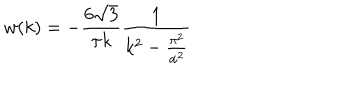
w ( k ) = - \frac { 6 \sqrt { 3 } } { \pi k } \frac { 1 } { k ^ { 2 } - \frac { \pi ^ { 2 } } { \alpha ^ { 2 } } }